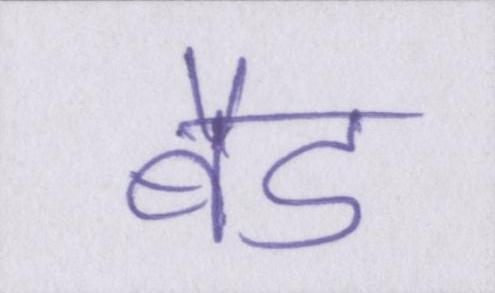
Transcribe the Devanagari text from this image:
बैड